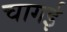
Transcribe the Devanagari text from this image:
चागई